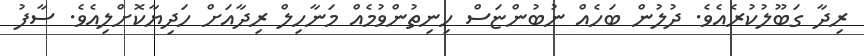
ރިދާ ގަބޫލުކުރެއެވެ. ދުލުން ބަހެއް ނުބުންޏަސް ހިނިތުންވުމެއް މަނާހިލް ރިދާއަށް ހަދިޔާކޮށްލިއެވެ. ސާފު